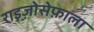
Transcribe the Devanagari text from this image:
राइज़ोसेफ़ाला